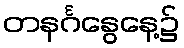
တနင်္ဂနွေနေ့၌